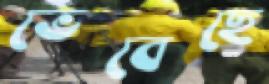
ভেবেছে